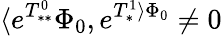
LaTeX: \langle e^{T_{**}^{0}}\Phi_{0},e^{T_{*}^{1}\rangle\Phi_{0}}\neq 0